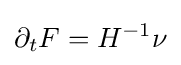
\partial _{t}F=H^{-1}\nu